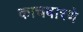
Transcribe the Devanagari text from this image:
काचबारणे